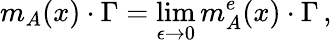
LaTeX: m_{A}(x)\cdot\Gamma=\operatorname*{lim}_{\epsilon\to 0}m_{A}^{e}(x)\cdot\Gamma\, ,